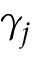
\gamma _ { j }